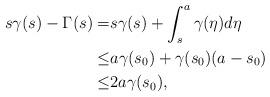
LaTeX: \begin{align*}s\gamma(s)-\Gamma(s)=&s\gamma(s)+\int_s^a\gamma(\eta)d\eta\\\leq& a\gamma(s_0)+\gamma(s_0)(a-s_0)\\\leq& 2a\gamma(s_0),\end{align*}